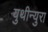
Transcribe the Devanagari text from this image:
युथीन्युरा